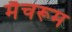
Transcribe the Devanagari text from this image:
मैचरूम